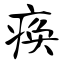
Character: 痪